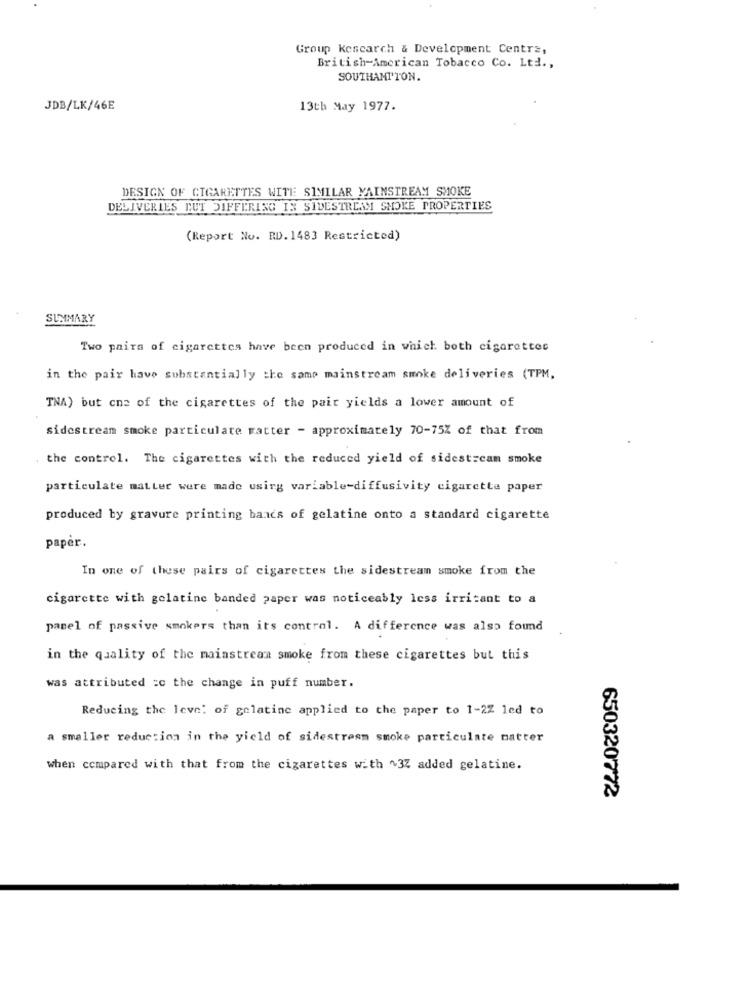
Group Kescarch & Development Centre,
British American Tobacco Co. Ltd .,
SOUTHAMPTON.
JDB/LK/46E
13th May 1977.
DESIGN OF CIGARETTES WITH SIMILAR MAINSTREAM SMOKE
DELIVERIES TUT DIFFERING IN SIDESTREAM SMOKE PROPERTIES
(Report No. RD. 1483 Restricted)
SUMMARY
Two pairs of cigarettes have been produced in which both cigarettes
in the pair have substantially the samp mainstream smoke deliveries (TPM,
TNA) but one of the cigarettes of the pair yields a lower amount of
sidestream smoke particulate ratter - approximately 70-75% of that from
the control. The cigarettes with the reduced yield of sidestream smoke
particulate matter were made usirg variable-diffusivity cigarette paper
produced by gravure printing bancs of gelatine onto a standard cigarette
paper.
In one of these pairs of cigarettes the sidestream smoke from the
cigarette with gelatine banded paper was noticeably less irritant to a
panel of passive smokers than its control. A difference was also found
in the quality of the mainstream smoke from these cigarettes but this
was attributed :c the change in puff number.
Reducing the leve: of gelatine applied to the paper to 1-2Z led to
a smaller reduction in the yield of sidestream smoke particulate matter
when compared with that from the cigarettes with ~37 added gelatine.
650320772